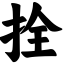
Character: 拴